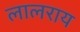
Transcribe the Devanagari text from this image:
लालराय